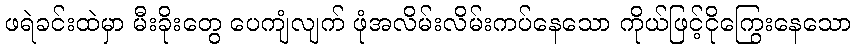
ဖရဲခင်းထဲမှာ မီးခိုးတွေ ပေကျံလျက် ဖုံအလိမ်းလိမ်းကပ်နေသော ကိုယ်ဖြင့်ငိုကြွေးနေသော